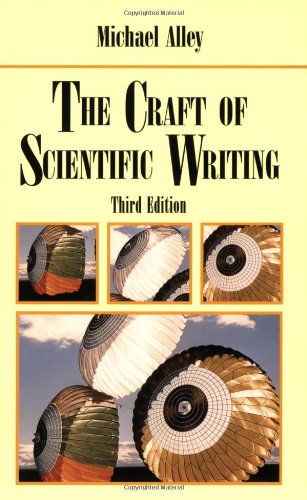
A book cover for The Craft of Scientific Writing, 3rd Edition; Michael Alley; Medical Books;